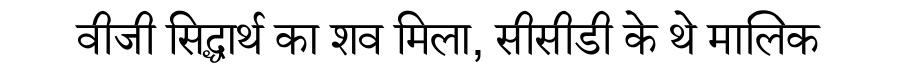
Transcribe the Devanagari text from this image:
वीजी सिद्धार्थ का शव मिला, सीसीडी के थे मालिक